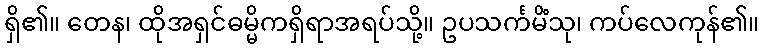
ရှိ၏။ တေန၊ ထိုအရှင်ဓမ္မိကရှိရာအရပ်သို့။ ဥပသင်္ကမိံသု၊ ကပ်လေကုန်၏။